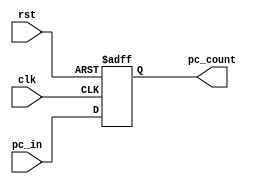
`timescale 1ns / 1ps
//////////////////////////////////////////////////////////////////////////////////
// Company: 
// Engineer: 
// 
// Design Name: 
// Module Name: program_counter
// Project Name: 
// Target Devices: 
// Tool Versions: 
// Description: 
// 
// Dependencies: 
// 
// Revision:
// Revision 0.01 - File Created
// Additional Comments:
// 
//////////////////////////////////////////////////////////////////////////////////
module program_counter(pc_count,pc_in,clk,rst);
output reg [31:0]pc_count;
input [31:0] pc_in;
input clk,rst;
initial
pc_count<=32'd0;

always@(posedge clk or posedge rst)
begin
if(rst)
begin
pc_count<=32'd0;
end
else
pc_count<=pc_in;
end
endmodule